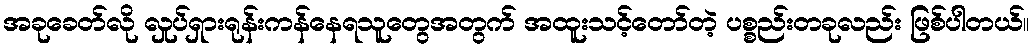
အခုခေတ်လို လှုပ်ရှားရုန်းကန်နေရသူတွေအတွက် အထူးသင့်တော်တဲ့ ပစ္စည်းတခုလည်း ဖြစ်ပါတယ်။